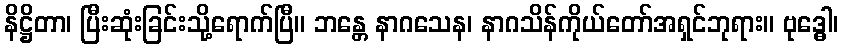
နိဋ္ဌိတာ၊ ပြီးဆုံးခြင်းသို့ရောက်ပြီ။ ဘန္တေ နာဂသေန၊ နာဂသိန်ကိုယ်တော်အရှင်ဘုရား။ ဗုဒ္ဓေါ၊